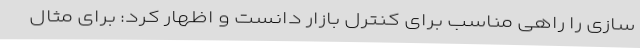
سازی را راهی مناسب برای کنترل بازار دانست و اظهار کرد: برای مثال